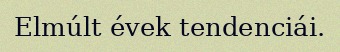
Elmúlt évek tendenciái.